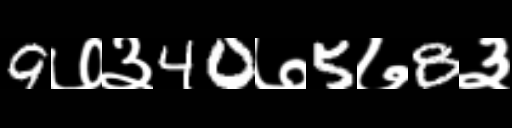
Text: 9७३40७5७8३